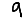
Digit: 9